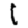
Digit: 1